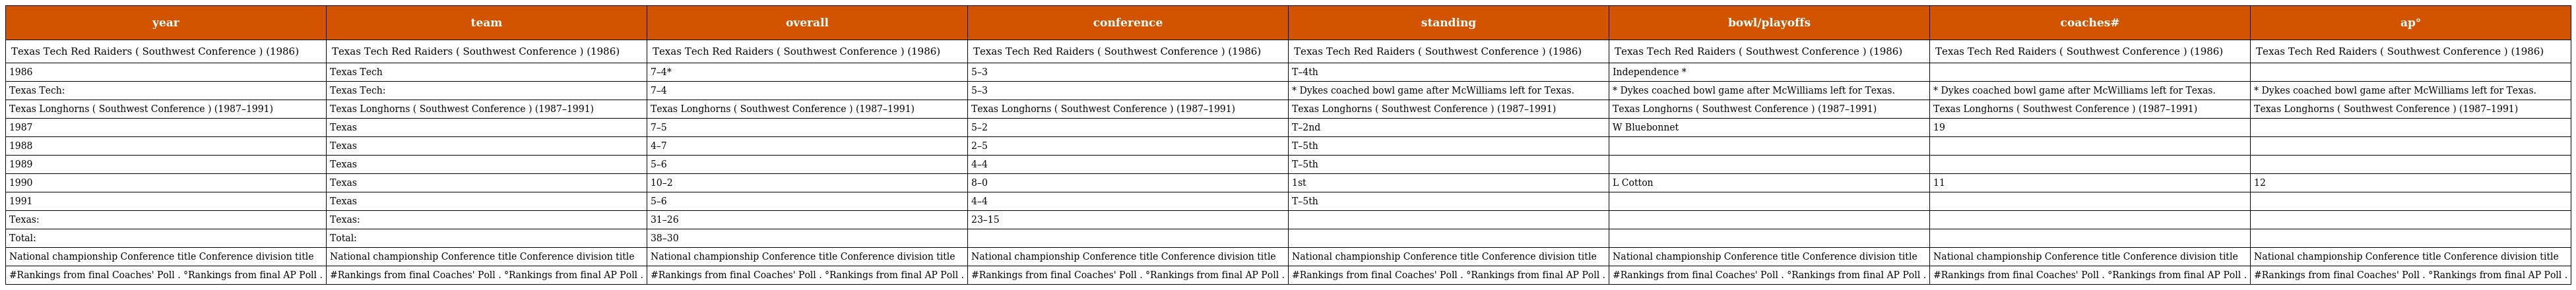
| year | team | overall | conference | standing | bowl/playoffs | coaches# | ap° |
 | --- | --- | --- | --- | --- | --- | --- | --- |
 | Texas Tech Red Raiders ( Southwest Conference ) (1986) | Texas Tech Red Raiders ( Southwest Conference ) (1986) | Texas Tech Red Raiders ( Southwest Conference ) (1986) | Texas Tech Red Raiders ( Southwest Conference ) (1986) | Texas Tech Red Raiders ( Southwest Conference ) (1986) | Texas Tech Red Raiders ( Southwest Conference ) (1986) | Texas Tech Red Raiders ( Southwest Conference ) (1986) | Texas Tech Red Raiders ( Southwest Conference ) (1986) |
 | 1986 | Texas Tech | 7–4* | 5–3 | T–4th | Independence * |  |  |
 | Texas Tech: | Texas Tech: | 7–4 | 5–3 | * Dykes coached bowl game after McWilliams left for Texas. | * Dykes coached bowl game after McWilliams left for Texas. | * Dykes coached bowl game after McWilliams left for Texas. | * Dykes coached bowl game after McWilliams left for Texas. |
 | Texas Longhorns ( Southwest Conference ) (1987–1991) | Texas Longhorns ( Southwest Conference ) (1987–1991) | Texas Longhorns ( Southwest Conference ) (1987–1991) | Texas Longhorns ( Southwest Conference ) (1987–1991) | Texas Longhorns ( Southwest Conference ) (1987–1991) | Texas Longhorns ( Southwest Conference ) (1987–1991) | Texas Longhorns ( Southwest Conference ) (1987–1991) | Texas Longhorns ( Southwest Conference ) (1987–1991) |
 | 1987 | Texas | 7–5 | 5–2 | T–2nd | W Bluebonnet | 19 |  |
 | 1988 | Texas | 4–7 | 2–5 | T–5th |  |  |  |
 | 1989 | Texas | 5–6 | 4–4 | T–5th |  |  |  |
 | 1990 | Texas | 10–2 | 8–0 | 1st | L Cotton | 11 | 12 |
 | 1991 | Texas | 5–6 | 4–4 | T–5th |  |  |  |
 | Texas: | Texas: | 31–26 | 23–15 |  |  |  |  |
 | Total: | Total: | 38–30 |  |  |  |  |  |
 | National championship Conference title Conference division title | National championship Conference title Conference division title | National championship Conference title Conference division title | National championship Conference title Conference division title | National championship Conference title Conference division title | National championship Conference title Conference division title | National championship Conference title Conference division title | National championship Conference title Conference division title |
 | #Rankings from final Coaches' Poll . °Rankings from final AP Poll . | #Rankings from final Coaches' Poll . °Rankings from final AP Poll . | #Rankings from final Coaches' Poll . °Rankings from final AP Poll . | #Rankings from final Coaches' Poll . °Rankings from final AP Poll . | #Rankings from final Coaches' Poll . °Rankings from final AP Poll . | #Rankings from final Coaches' Poll . °Rankings from final AP Poll . | #Rankings from final Coaches' Poll . °Rankings from final AP Poll . | #Rankings from final Coaches' Poll . °Rankings from final AP Poll . |